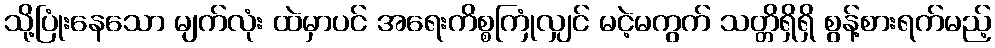
သို့ပြုံးနေသော မျက်လုံး ထဲမှာပင် အရေးကိစ္စကြုံလျှင် မငဲ့မကွက် သတ္တိရှိရှိ စွန့်စားရက်မည့်